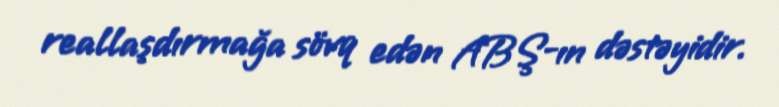
reallaşdırmağa sövq edən ABŞ-ın dəstəyidir.